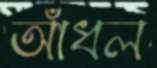
আঁধল